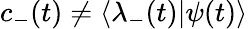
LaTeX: c_{-}(t)\neq\langle\lambda_{-}(t)|\psi(t)\rangle